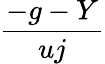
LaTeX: \frac{-g-Y}{uj}